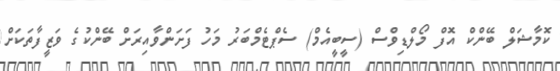
ކޮމާޝަލް ބޭންކް އޮފް މޯލްޑިވްސް (ސީބީއެމް) ސެޕްޓެމްބަރު މަހު ފަށަންވާއިރަށް ބޭންކުގެ ވަޒީފާތަކަށް